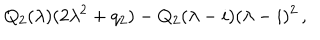
LaTeX: Q _ { 2 } ( \lambda ) ( 2 \lambda ^ { 2 } + q _ { 2 } ) - Q _ { 2 } ( \lambda - i ) ( \lambda - i ) ^ { 2 } \, ,